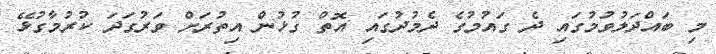
މި ބައްދަލުވުމުގައި ދެ ގައުމުގެ ދެމުދުގައި އޮތް ގުޅުން އިތުރަށް ވަރުގަދަ ކުރުމާގުޅޭ